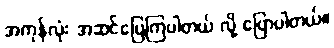
အကုန်လုံး အဆင်ပြေကြပါတယ် လို့ ပြောပါတယ်။